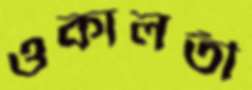
ওকালতী